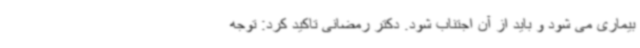
بیماری می شود و باید از آن اجتناب شود. دکتر رمضانی تاکید کرد: توجه